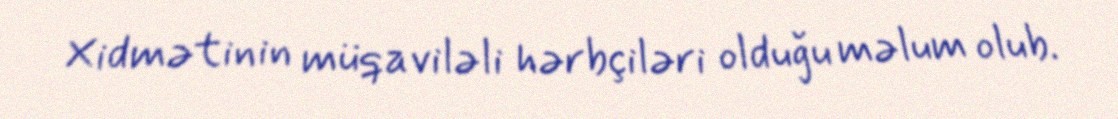
Xidmətinin müqaviləli hərbçiləri olduğu məlum olub.